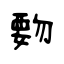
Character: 覅